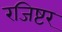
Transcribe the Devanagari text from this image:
रजिष्टर